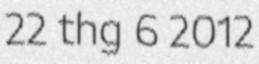
22 thg 6 2012